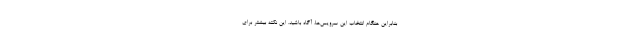
بنابراین هنگام انتخاب این سرویس‌ها، آگاه باشید. این نکته بیشتر برای